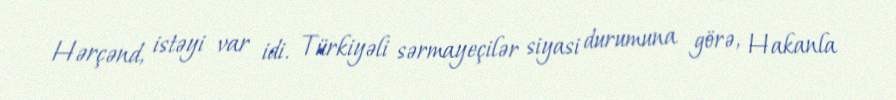
Hərçənd, istəyi var idi. Türkiyəli sərmayeçilər siyasi durumuna görə, Hakanla